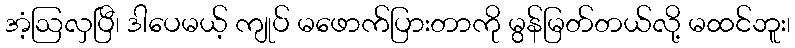
အံ့ဩလှပြီ၊ ဒါပေမယ့် ကျုပ် မဖောက်ပြားတာကို မွန်မြတ်တယ်လို့ မထင်ဘူး၊